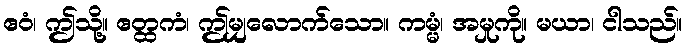
ဧဝံ၊ ဤသို့။ ဧတ္ထကံ၊ ဤမျှလောက်သော။ ကမ္မံ၊ အမှုကို။ မယာ၊ ငါသည်။